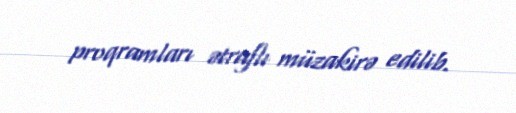
proqramları ətraflı müzakirə edilib.